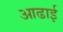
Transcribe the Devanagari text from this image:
आढाई